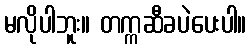
မလိုပါဘူး။ တက္ကဆီခပဲပေးပါ။